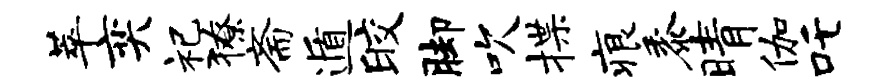
萃奕祀獠斋遁皎脚吹揲痕黍晴伽吒